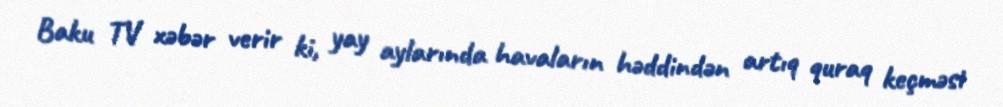
Baku TV xəbər verir ki, yay aylarında havaların həddindən artıq quraq keçməsi